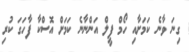
ގިނަ ވާނެ ކަމަށާއި ހޯމް ފީލް އަންނާނެ ކަމަށް އޮސްކާ ފާހަގަ ކުރި